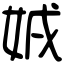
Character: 𡜐